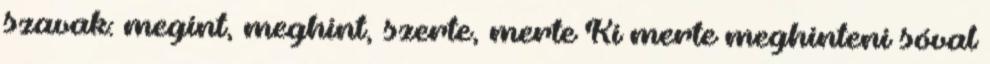
szavak: megint, meghint, szerte, merte Ki merte meghinteni sóval